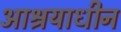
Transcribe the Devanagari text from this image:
आश्रयाधीन